Burma Government Medical School reports 1907-22
Year: 1907
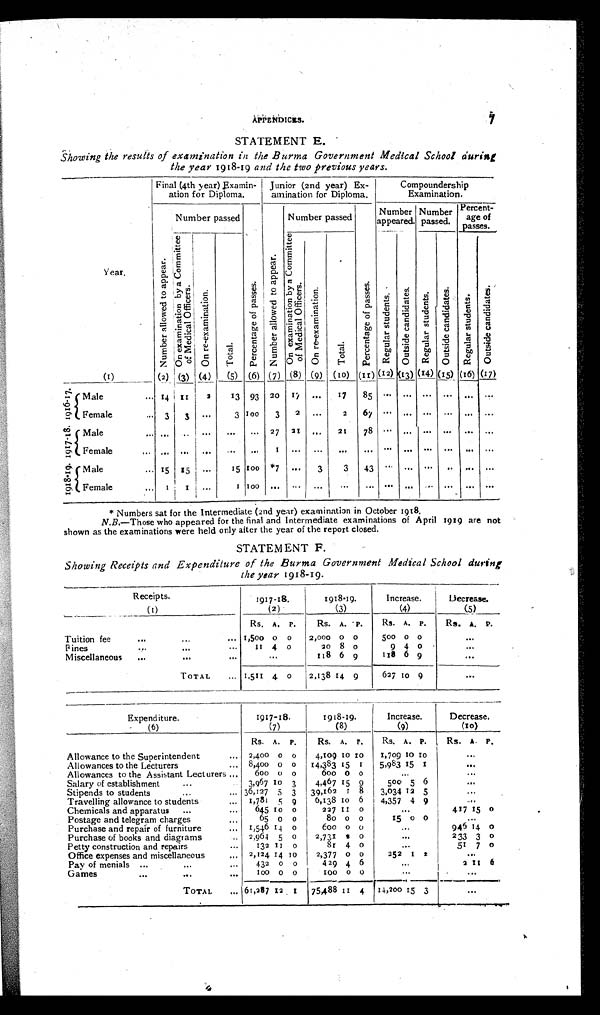
APPENDICES. 7
STATEMENT E.
Showing the results of examination in the Burma Government Medical School during
the year 1918-19 and the two previous years.
Year.
Final (4th year) Examin-
ation for Diploma.
Junior (2nd year) Ex-
amination for Diploma.
Compoundership
Examination.
N u m b e r a l l o w e d t o
a p p e a r .
Number passed
P e r
c e n t a g e o f p a s s e s . N u
m b e r a l l o w e d
t o
a p p
e a r .
Number passed
Number
appeared.
Number
passed.
Percent-
age of
passes.
On e x a mi n a t i o n
by a
Co mmi t t e e
of Medi cal
Officers. O n
r e - e x a m i n a t i o n .
T o t a l .
O n e x a m i n a t i o n
b y Co mm i t t e e
o f M e d i c a l
O f f i c e r s . O n r e - e x a m i n a t i o n .
T o t a l .
P e r
c e n t a g e
o f p a s s e
s .
R e g u l a r
s t u d e n t s .
O u t
s i d e c a n d i d a t e s .
R e g u l a r s t u d e n s .
O u t s i d e c a n d i d a t e s .
R e g u l a r s t u d e n t s . O u t s i d e c a n d i d a t e s .
(I)
(2) (3) (4)
(5) (6) (7) (8) (9) ( 10 ) (11 ) (12 (13) (14)
( 1 5 1 ) (i6) (17)
1 9 1 6 - 1 7
Male
... t4
1 1
2
13 93 20
1 7
. . .
1 7
85
... .. .-
. . .
. . .
. . .
Female
. . . 3
3
. . .
3 100
3
2
. . .
2
67
" '
...
. ..
...
...
...
1 9 1 7 - 1 8 Male
. . .
. . .
. . .
. . .
. . . 27 21 „ ,
21
78
. .
. . 0
. . .
. . .
. . .
. . .
Female
. . . . . . . . .
. . . . . .
...
. . .
1
. . .
...
..
...
. . .
. . .
. . .
. . .
1 9 1 8 - 1 9
Male
. . . 15 15
. . .
15 100 *7 ...
3
3
43
...
. . . . .
. . .
. .
Female
...
1 1
. . .
1 too ... ...
. . . ...
. . . ...
. . .
. . . ... ...
. . .
* Numbers sat for the Intermediate (2nd year) examination in October 1918.
N.B.—Those who appeared for the final and Intermediate examinations of April 1919 are not
shown as the examinations were held only after the year of the report closed.
STATEM ENT F.
Showing Receipts and Expenditure of the Burma Government Medical School during
the year 1918-19.
Receipts.
1917-18.
1918-19.
Increase.
Decrease.
(I)
(2)
(3)
(4)
(5)
Rs. A. P.
Rs. A. P.
Rs. A. P.
R. A. P.
Tuition fee
..... 1,500 0 0 2,000 0 0
500 0 0
. . .
Fines
...
. . .
11 4 0
20 8 0
9 4 0
...
Miscellaneous ...
...
...
118 6 9
1 1 8 6 9
...
TOTAL .. 1,511 4 0 2,138 14 9
627 10 9
. . .
Expenditure.
1917-18.
1918-19.
Increase.
Decrease.
(6)
(7)
(8)
(9)
(10)
Allowance to the Superintendent
..
Rs.
2,400
A .
0
P.
0
Rs.
4,109
A.
10
P.
1
Rs.
1,709
A.
10
P.
10
Rs.
...
A. P.
Allowances to the Lecturers
... 8,400 0 0 14,383 15 1 5,983 15 1
...
Allowances to the Assistant Lecturers ... 600 0 0
600 0 0
...
. ..
Salary of establishment
.. .
3,967 10 3
4,467 15 0 9
500 5 6
...
Stipends to students...
.
. .
36,127 5 3 39,162 1 8 3,034 12 5
...
Travelling allowance to students
... 1,78 1 5 9
6,138 10 6 4,357 4 9
....
Chemicals and apparatus ...
... 645 10 0
227 1 1 0
...
417 15 0
Postage and telegram charges
...
65 0 0
8o o o
15 0 0
...
Purchase and repair of furniture
_ 1,546 14 0
600 0 0
. . . . ,
946 14 0
Purchase of books and diagrams
2,964 5 0
2,731 8 0
...
233 3 0
Petty construction and repairs
...
132 11 0
81 4 0
...
51 7 0
Office expenses and miscellaneous
.. 2,124 14 1 0
2,377 0 0
252 1 2
. ..
Pay of menials ..
...
...
432 0 0
429 4 6
2 11 6
Games
...
...
... 100 0 0
100 0 0
...
...
TOTAL
... 61,287 12 1 75,488 1 1 4 14,200 15
3
...